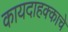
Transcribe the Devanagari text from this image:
कायदाहक्काचे